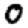
Digit: 0